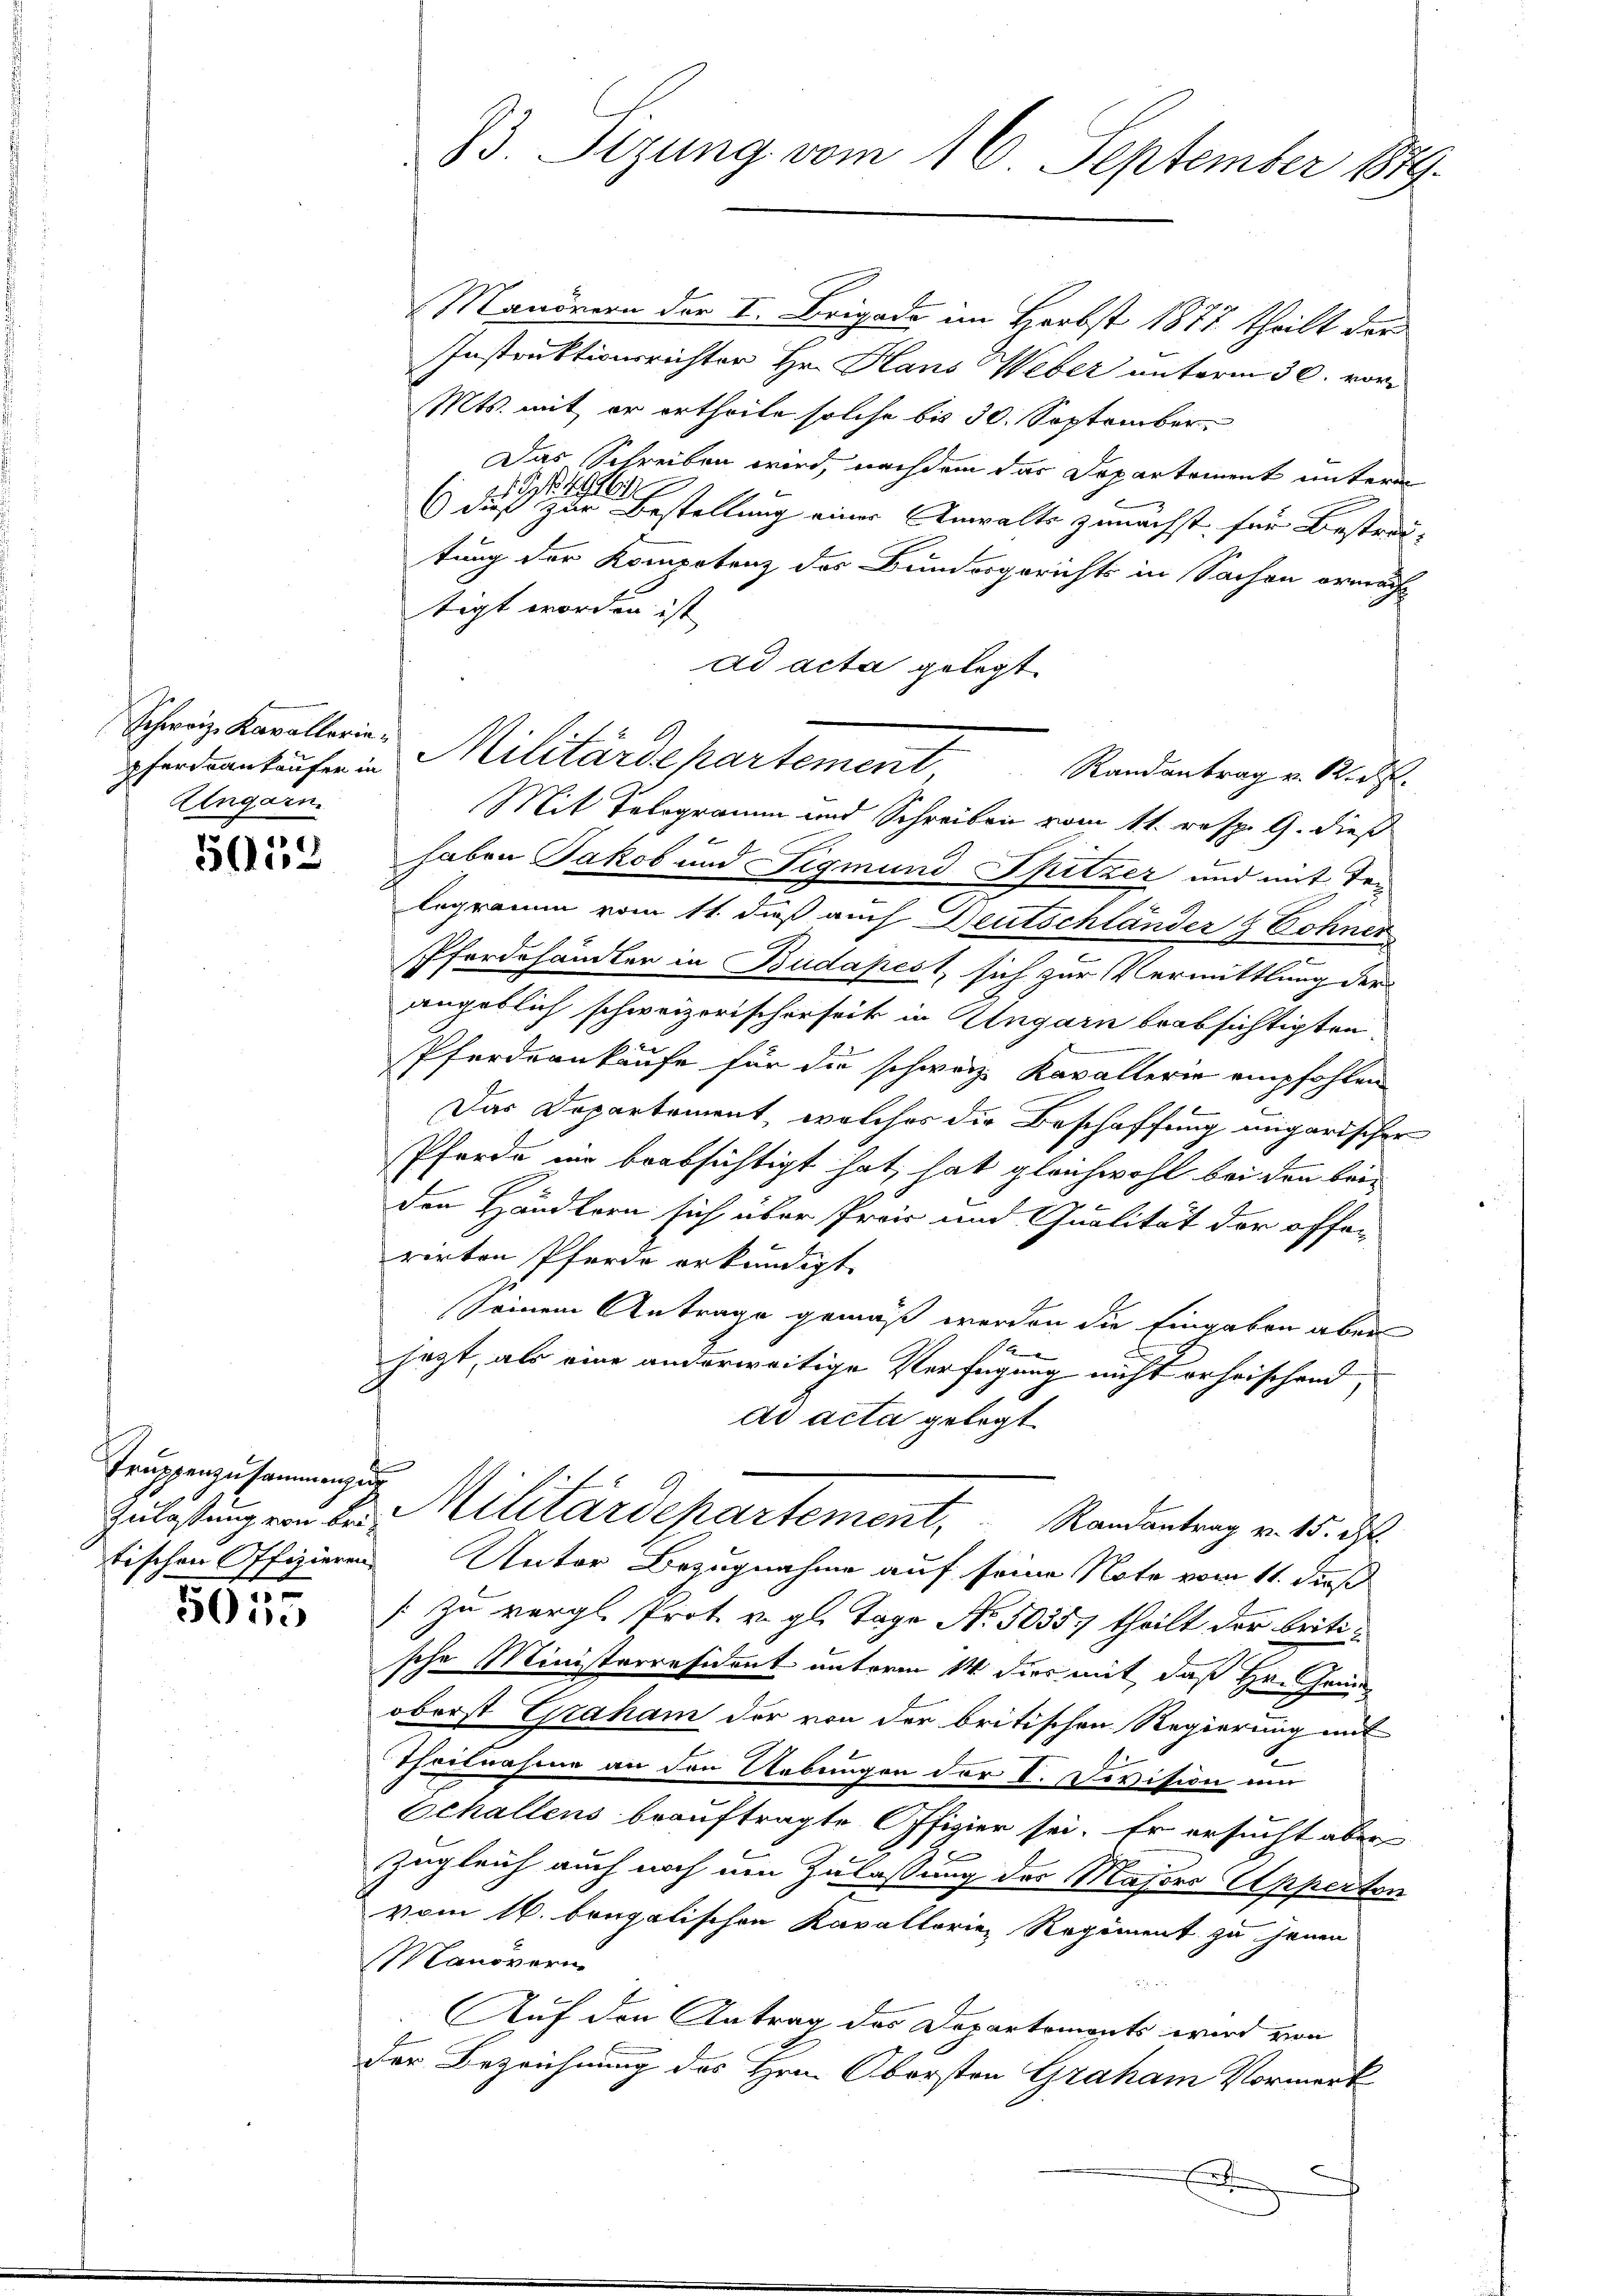
Schweiz. Kavallerie¬
Alngarn.

5052

Truppenzusammenzug

1
5000

Manövern der I. Brigade im Herbst 1872 theilt der
Instruktionsrichter Hr. Hans Weber unterm 30. vor¬
Mts. mit er ertheile solche bis 30. September
Das Schreiben wird, nachdem das Departement unterm
1 S. 492.
1
6) dieß zur Bestellung einer Anwalts zunächst für Bestratung der Kompetenz des Bundesgerichts in Sachen ornacht
tigt worden ist
ad acta gelegt.
Randantrag v. M. R.
Mit Telegramm und Schreiben vom 11. resp. 9. dieß
haben Jakob und Sigmund Spitzer und mit Telegramm vom 11. daß auch Deutschländer & Cohner
Pferdehändler in Budapest, sich zur Vermittlung der
angeblich schweizerischerseit in Ungarn beabsichtigten
Pferdrankaufe für die schweiz. Kavallerie empfohlen
Das Departement, welches die Beschaffung ungarischer
Pferde im beabsichtigt hat, hat gleichwohl bei den bei-
den Händlern sich über Preis und Qualität der offenrirten Pferde erkundigt.
Seinem Antrage gemäß werden die Eingaben aber
2
jetzt, als eine anderweitige Verfügung nicht erheischend,
dd acta gelegt.
Zulassung von der Militärdepartement, Randantrag v. 15. d.
tischen Offizieren Unter Bezugnahme auf seine Note vom 11. dieß
[zu vergl. Prot. v. gl. Tage No. 50557 theilt der britische Ministerresident unterm 14. dies mit, daß Hr. Greioberst Graham der von der britischen Regierung mit
Theilnahme an den Uebungen der I. Devision um
Echallens beauftragte Offizier sei. Er ersucht aber
zugleich auch noch um Zulassung des Masers Apperton
vom 16. bougalischen Kavallorien Regiment zu jenen
Manöverin
Auf den Antrag des Departements wird von
der Bezeichnung des Hrn. Obersten Graham Vormerk
e

73. Sizung vom 16. September 1889.

Pferdankäufer in Militärdepartement